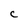
Character: C